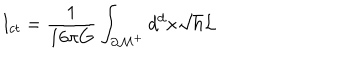
LaTeX: I _ { c t } = \frac { 1 } { 1 6 \pi G } \int _ { { \cal \partial M } ^ { + } } d ^ { d } x \sqrt { h } { \cal L }